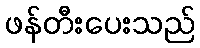
ဖန်တီးပေးသည်